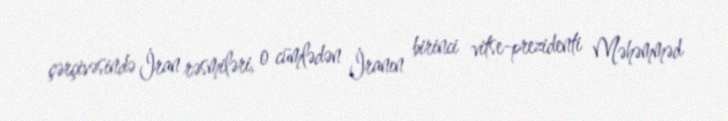
çərçivəsində İran rəsmiləri, o cümlədən İranın birinci vitse-prezidenti Məhəmməd